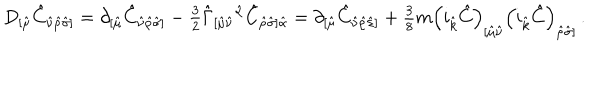
D _ { [ \hat { \mu } } \hat { C } _ { \hat { \nu } \hat { \rho } \hat { \sigma } ] } = \partial _ { [ \hat { \mu } } \hat { C } _ { \hat { \nu } \hat { \rho } \hat { \sigma } ] } - { \textstyle \frac { 3 } { 2 } } \hat { \Gamma } _ { [ \hat { \mu } \hat { \nu } } { } ^ { \hat { \alpha } } \hat { C } _ { \hat { \rho } \hat { \sigma } ] \hat { \alpha } } = \partial _ { [ \hat { \mu } } \hat { C } _ { \hat { \nu } \hat { \rho } \hat { \sigma } ] } + { \textstyle \frac { 3 } { 8 } } m \left( i _ { \hat { k } } \hat { C } \right) _ { [ \hat { \mu } \hat { \nu } } \left( i _ { \hat { k } } \hat { C } \right) _ { \hat { \rho } \hat { \sigma } ] } \, .